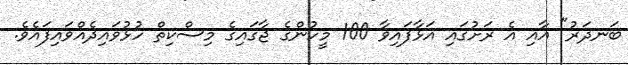
ބަނދަރު" އާއި އެ ރަށުގައި އަޅާފައިވާ 100 މީހުންގެ ޖާގައިގެ މިސްކިތް ހުޅުވައިދެއްވައިފައެވެ.